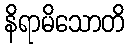
နိရာမိသောတိ